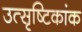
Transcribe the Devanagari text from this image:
उत्सृष्टिकांक